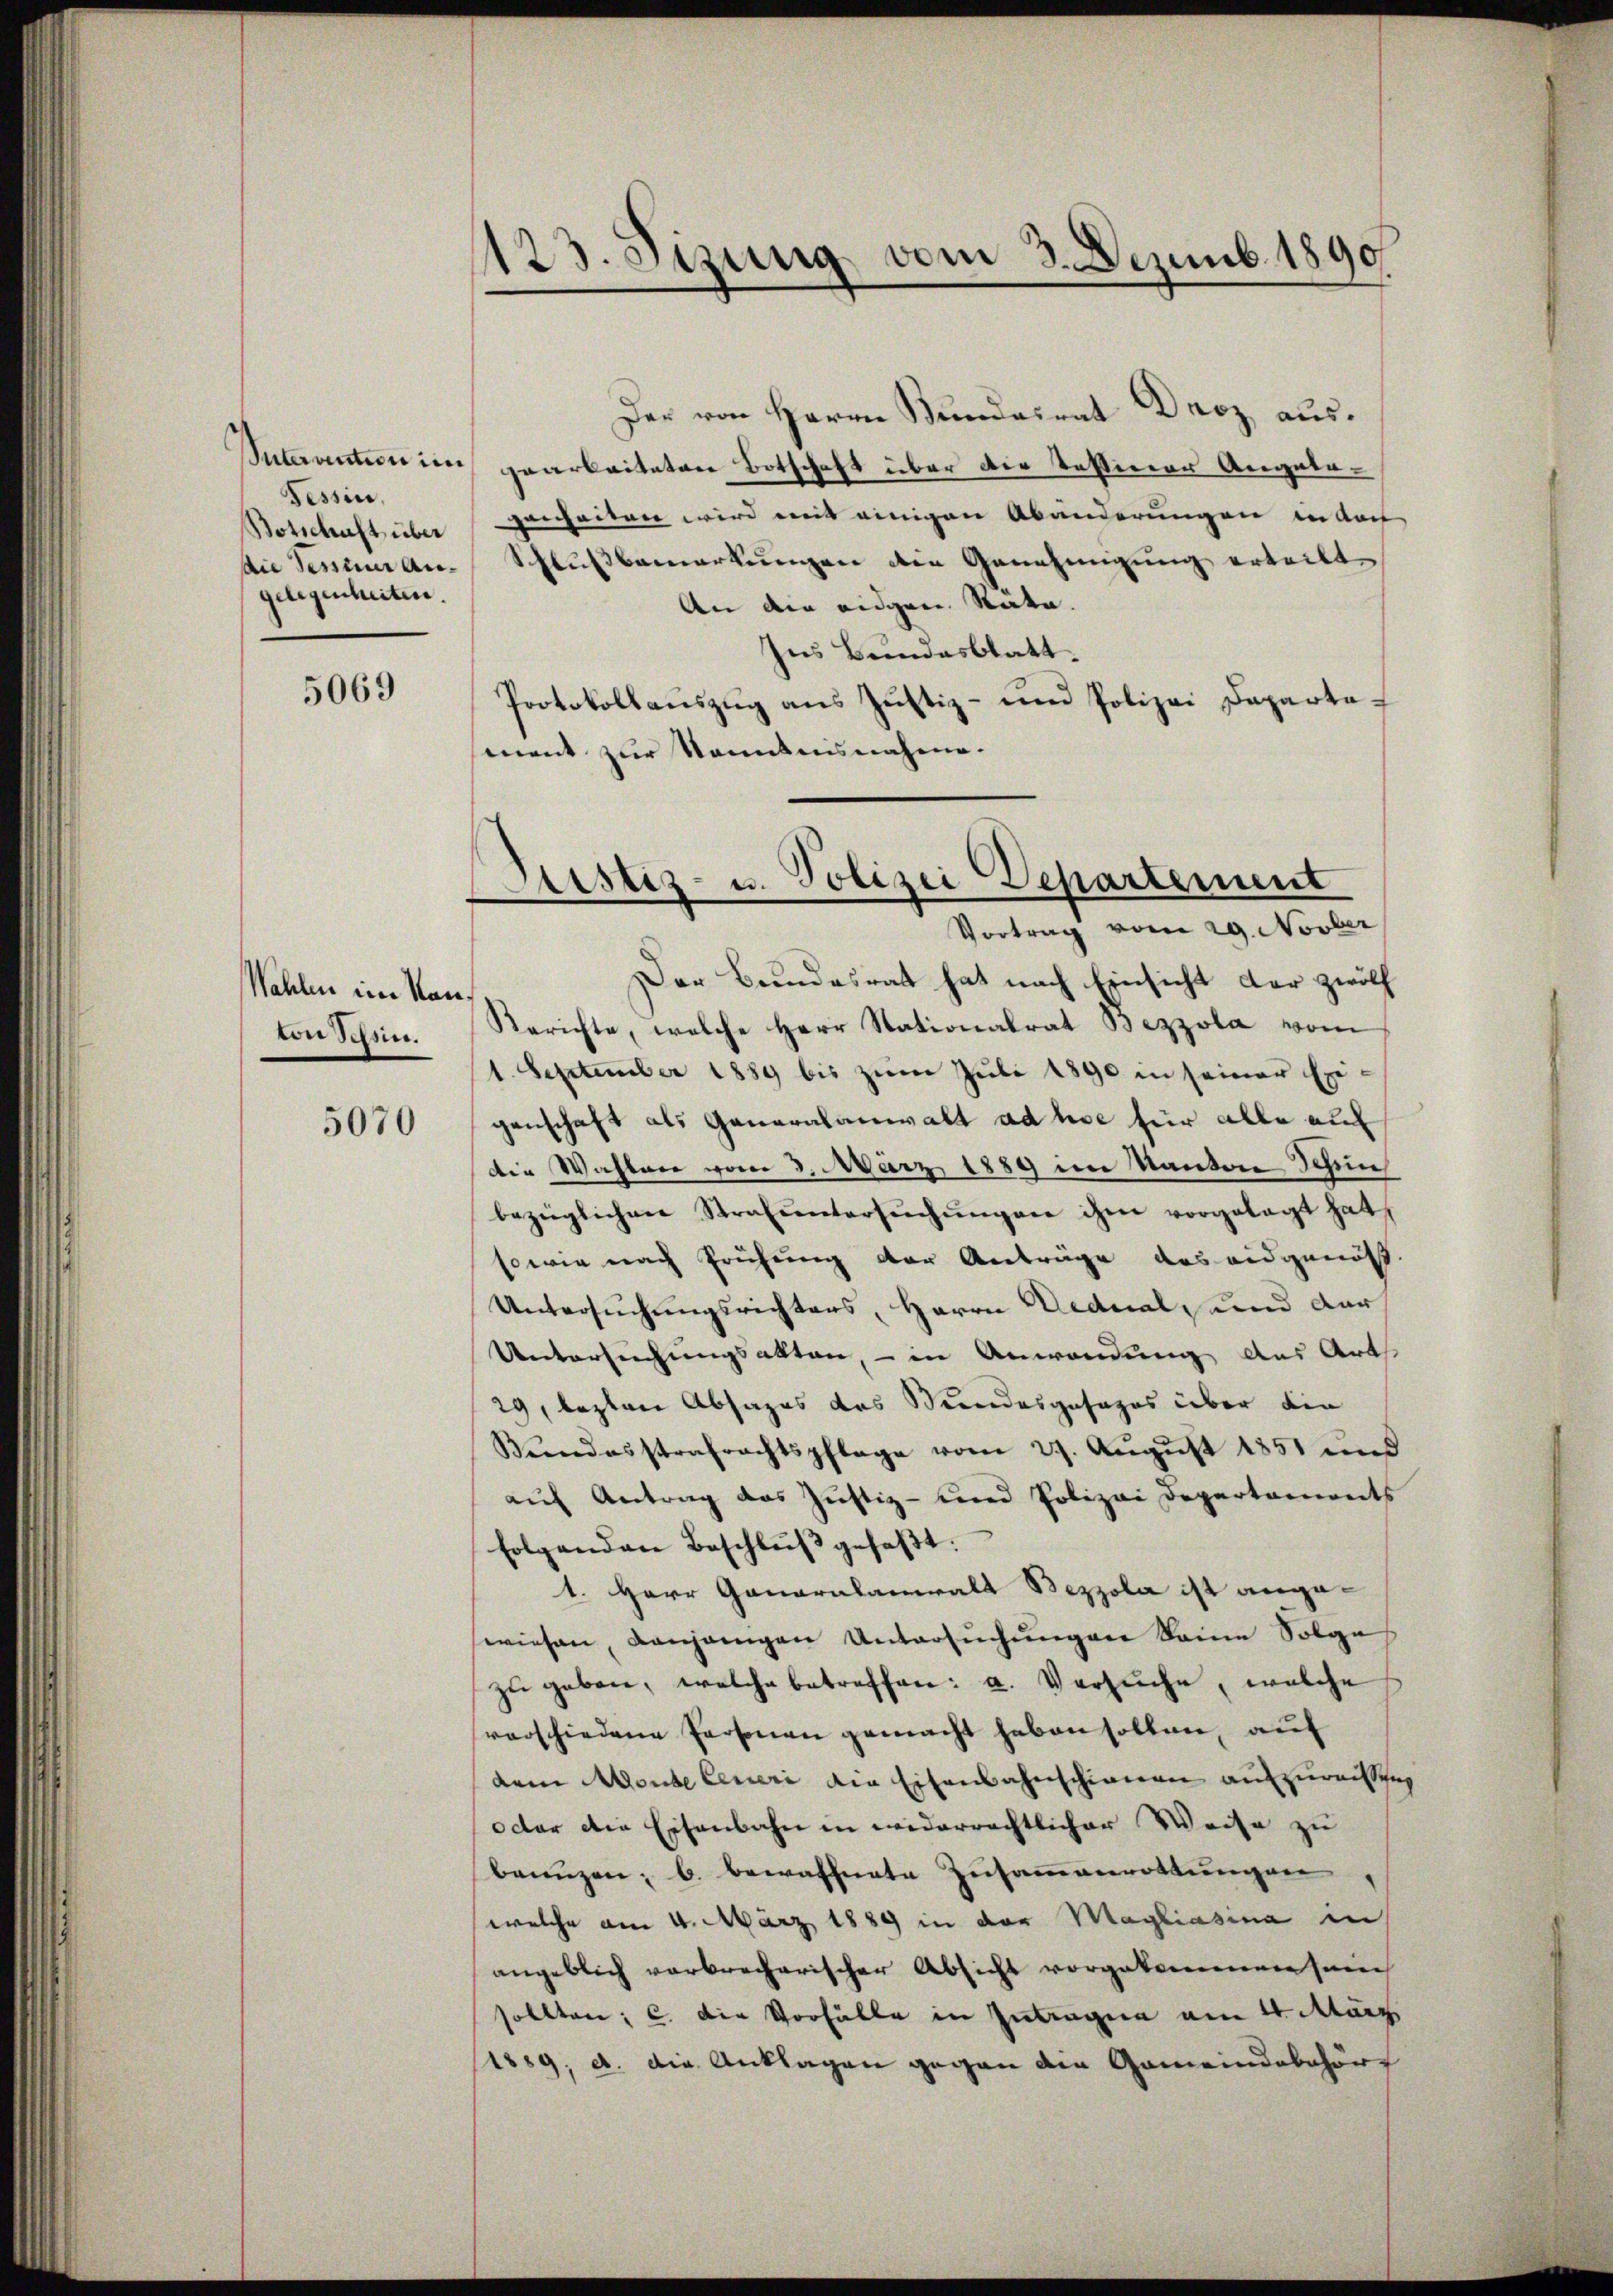
Intervention im
Tessin,
Botschaft über
die Tessin Angelegenheiten.

5069

Wahlen im Kan
ton Tessin.

5070

123. Setzung vom 3. Dezemb. 1890

Der von Herrn Bundesrat Droz ausgearbeiteten Botschaft über die Tessierer Angelagenheiten wird mit einigen Abänderungen in doch
Flußbemerkungen den Genehmigung erteilt
An die eidgen. Räte.
Ins Bandesblatt.
Protokollauszug aus Justiz- und Polizei Departement zur Sonntensnahme.

Justiz- u. Polizei Departement
Vortrag vom 29. Novber

Der Bundesrat hat nach Einsicht der zwölf
Berichte, welche Herr Stationalrat Bezzola vom
1. September 1889 bis zŭm Juli 1890 in seiner Exi-
genschaft als Generalanwalt ad hie für alle auf
Die Wahlen vom 3. März 1889 im Kanton Schin
bezüglichen Strafuntersŭchŭngen ihm vorgelegt hat
sowie nach Prüfung der Anträge das eidgenöß
Untersuchungsrichters, Herrn Dednal, und dar
Untersuchungsakten, – in Anwendung aus Art
29, lezten Absages das Mundesgesages über die
Bŭndesstrafrachtspflage vom 27. Aŭgŭst 1851 und
auf Antrag das Justiz- und Polizei Departaments
folgenden Beschlŭβ gefaßt:
1. Herr Ganaralanwalt Bezzola ist angewiesen, denjenigen Untersŭchŭngen keine Folge
zŭ geben, welche betreffen: a. Versuche, welche
verschiedene Personen gemacht haben sollen, auf
dem Monte Ceneri die Eisenbahnschinnern aufzuweissung
octor die Eisenbahn in widerrechtlicher Weise zu
brunzen; b. bewaffnete Zusammenrottungen
welche am 4. März 1889 in der Magliasina in
angeblich verbrecherischer Absicht vorgekommen sein
sollten; c. die Vorfälle in Intragen am 4. März
1889, d. die Anklagen gegen die Gemeindebeher